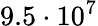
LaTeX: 9.5\cdot 10^{7}